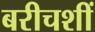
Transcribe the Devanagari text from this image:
बरीचशीं